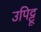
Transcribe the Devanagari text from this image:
उपिट्टू